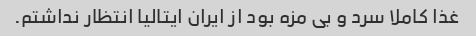
غذا کاملا سرد و بی مزه بود از ایران ایتالیا انتظار نداشتم.